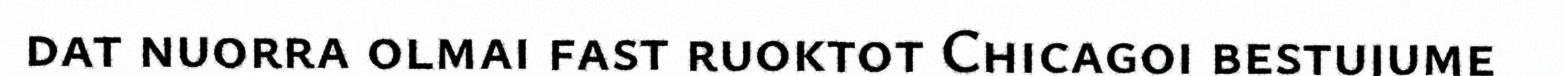
dat nuorra olmai fast ruoktot Chicagoi bestujume